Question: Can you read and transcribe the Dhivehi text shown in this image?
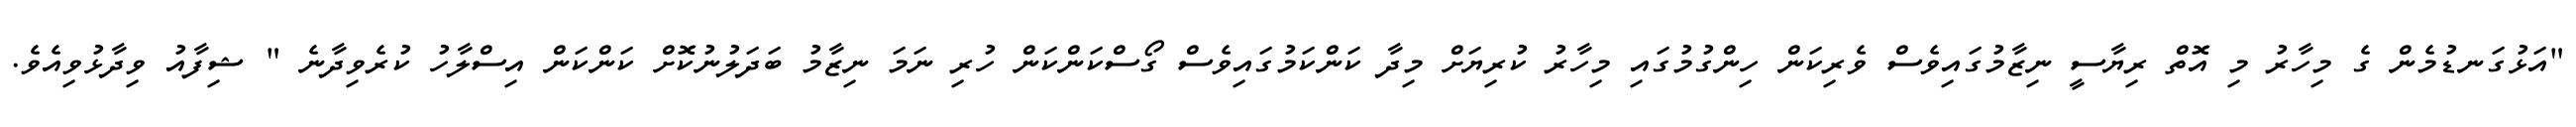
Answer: "އަޅުގަނޑުމެން ގެ މިހާރު މި އޮތް ރިޔާސީ ނިޒާމުގައިވެސް ވެރިކަން ހިންގުމުގައި މިހާރު ކުރިޔަށް މިދާ ކަންކަމުގައިވެސް ގޯސްކަންކަން ހުރި ނަމަ ނިޒާމު ބަދަލުނުކޮށް ކަންކަން އިސްލާހު ކުރެވިދާނެ " ޝިފާއު ވިދާޅުވިއެވެ.